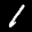
Label: 1